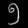
Digit: ၅